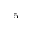
^ 5